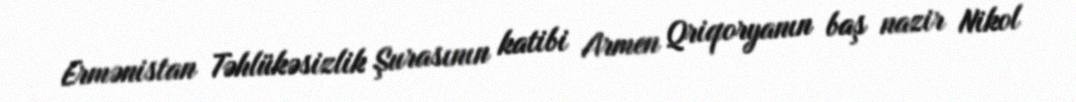
Ermənistan Təhlükəsizlik Şurasının katibi Armen Qriqoryanın baş nazir Nikol